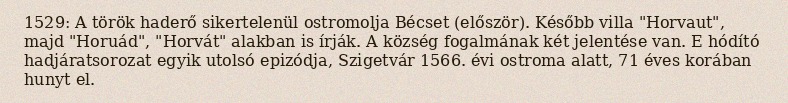
1529: A török haderő sikertelenül ostromolja Bécset (először). Később villa "Horvaut", majd "Horuád", "Horvát" alakban is írják. A község fogalmának két jelentése van. E hódító hadjáratsorozat egyik utolsó epizódja, Szigetvár 1566. évi ostroma alatt, 71 éves korában hunyt el.